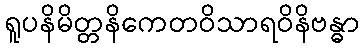
ရူပနိမိတ္တနိကေတဝိသာရဝိနိဗန္ဓာ